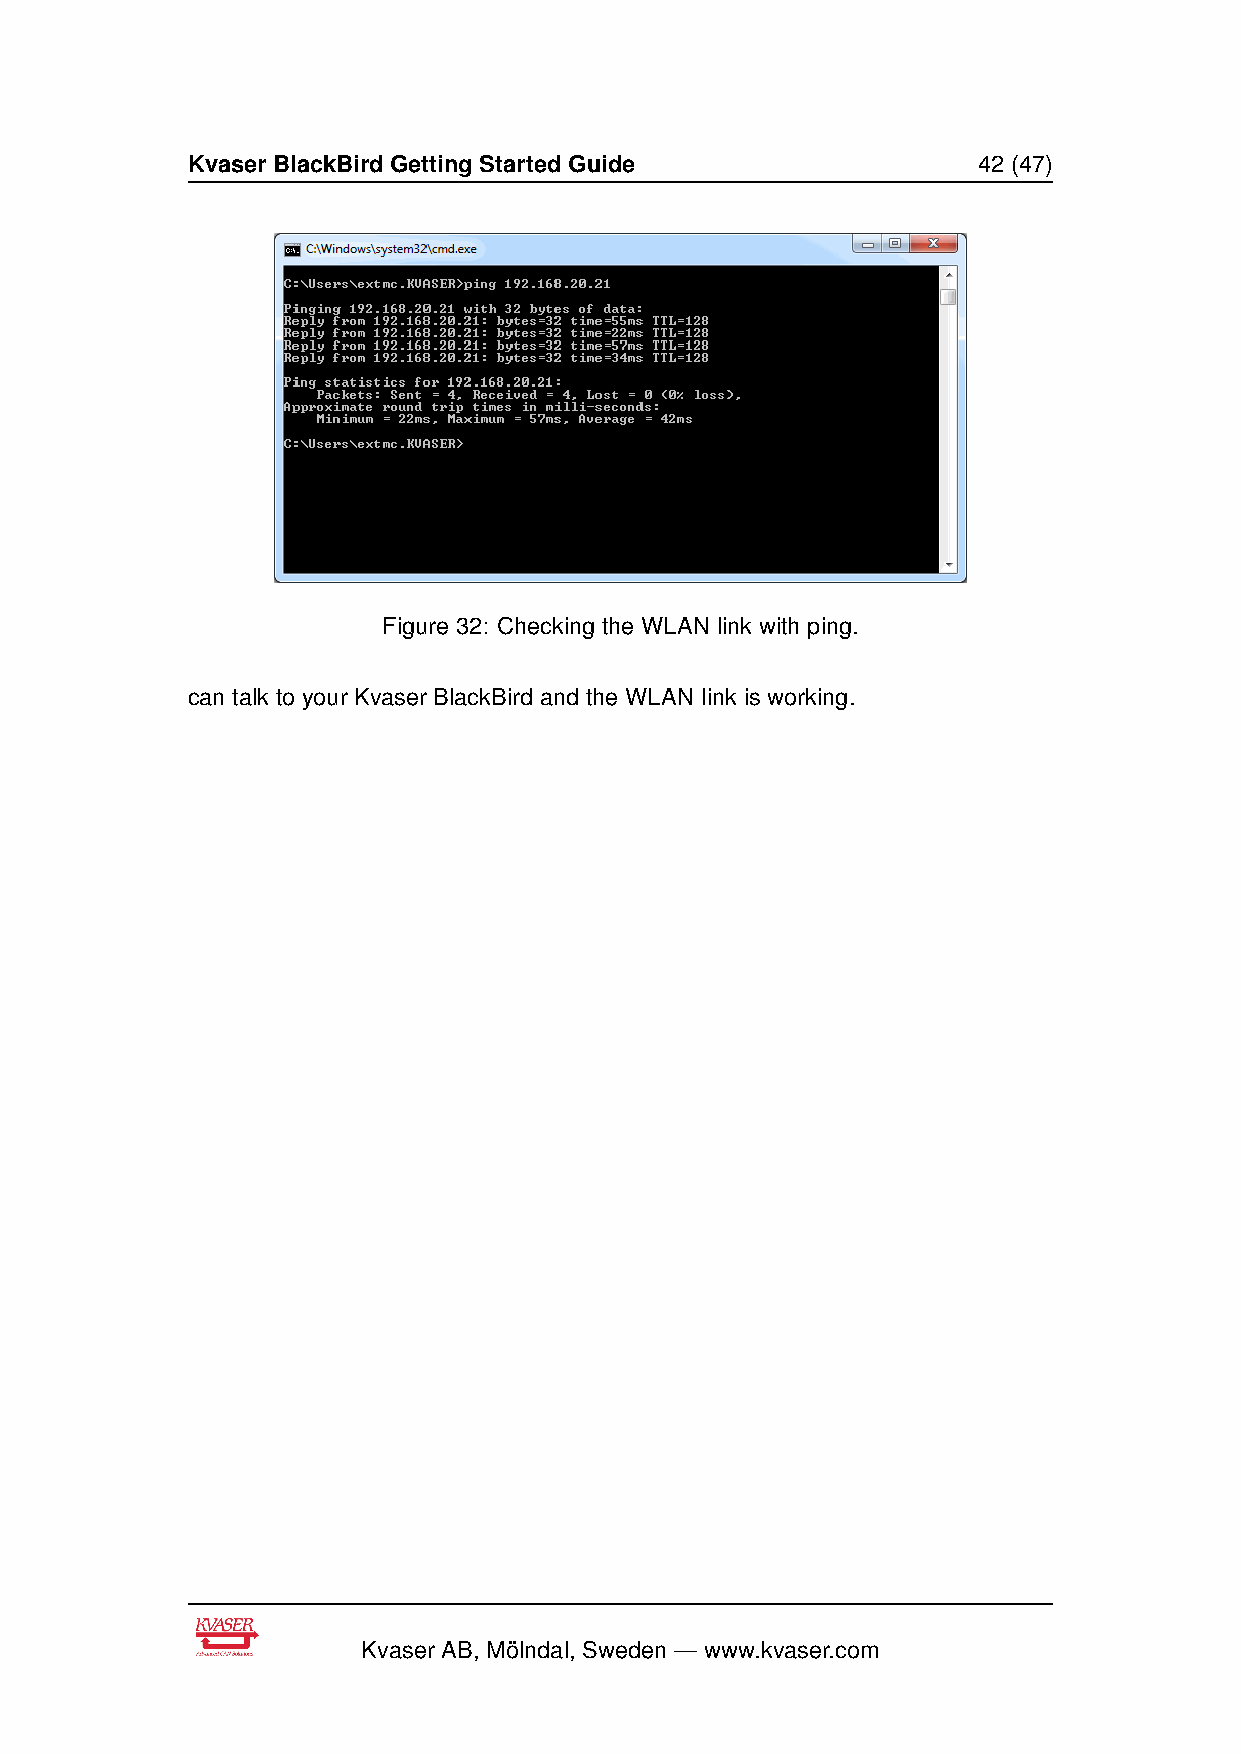
Kvaser BlackBird Getting Started Guide               42 (47)
 Figure 32: Checking the WLAN link with ping.
 can talk to your Kvaser BlackBird and the WLAN link is working.
 Kvaser AB, Mölndal, Sweden — www.kvaser.com